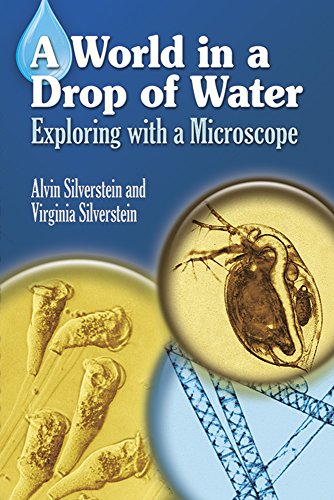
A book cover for A World in a Drop of Water: Exploring with a Microscope (Dover Children's Science Books); Alvin Silverstein; Children's Books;